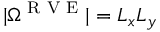
| \Omega ^ { \textnormal { R V E } } | = L _ { x } L _ { y }